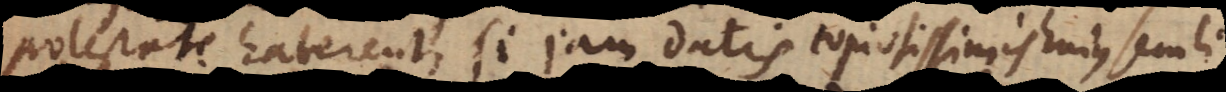
potestate haberent, si jam datis copiosissimis hujus seculi